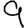
Digit: 9